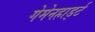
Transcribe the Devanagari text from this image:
गेमेनहार्ड्ट